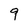
Character: 9